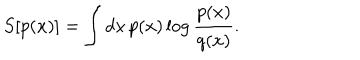
S [ p ( x ) ] = \int d x \, p ( x ) \log { \frac { p ( x ) } { q ( x ) } } .